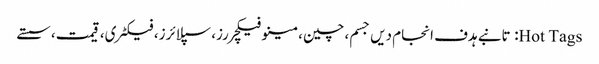
Hot Tags: تانبے ہدف انجام دیں جسم، چین، مینوفیکچررز، سپلائرز، فیکٹری، قیمت، سستے